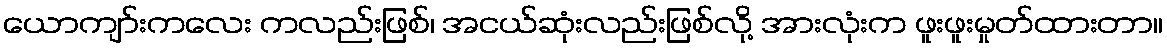
ယောကျာ်းကလေး ကလည်းဖြစ်၊ အငယ်ဆုံးလည်းဖြစ်လို့ အားလုံးက ဖူးဖူးမှုတ်ထားတာ။